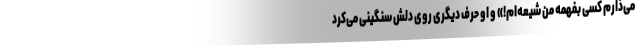
می‌ذارم کسی بفهمه من شیعه‌ام!» و او حرف دیگری روی دلش سنگینی می‌کرد